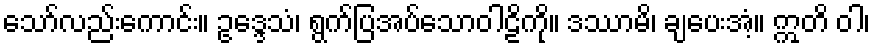
သော်လည်းကောင်း။ ဥဒ္ဒေသံ၊ ရွက်ပြအပ်သောဝါဠိကို။ ဒဿာမိ၊ ချပေးအံ့။ ဣတိ ဝါ၊